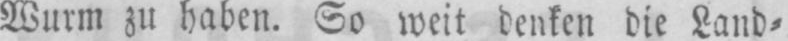
Wurm zu haben. So weit denken die Land⸗